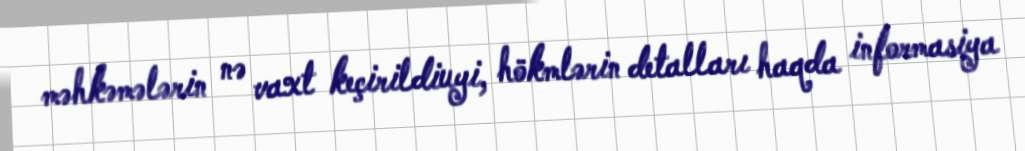
məhkəmələrin nə vaxt keçirildiuyi, hökmlərin detalları haqda informasiya